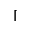
\lceil